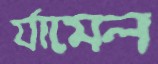
র‍্যামেল